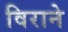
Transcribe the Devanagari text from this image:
विराने